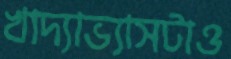
খাদ্যাভ্যাসটাও